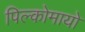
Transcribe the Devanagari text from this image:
पिल्कोमायो